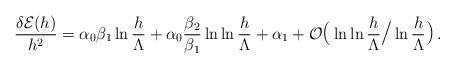
LaTeX: \begin{align*}{\delta {\cal E}(h) \over h^2} = \alpha_{0}\beta_1\ln{h\over\Lambda}+\alpha_{0}{\beta_2\over\beta_1}\ln\ln{h\over\Lambda}+\alpha_1+ {\cal O} {\hbox{\Large (}} \ln \ln {h \over \Lambda} {\hbox{\Large /}}\ln {h \over \Lambda} {\hbox{\Large )}} \, .\end{align*}